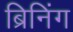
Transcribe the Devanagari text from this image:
ब्रिनिंग